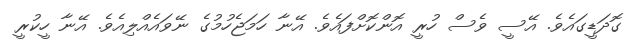
ގޮދަޑީގައެވެ. އޭސީ ވެސް ހުރީ އޮންކޮށްފައެވެ. އޭނާ ހަމަޖެހުމުގެ ނޭވައެއްލިއެވެ. އޭނާ ހީކުރީ